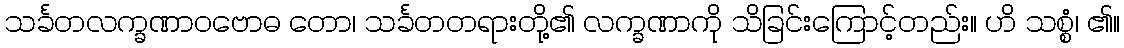
သင်္ခတလက္ခဏာဝဗောဓ တော၊ သင်္ခတတရားတို့၏ လက္ခဏာကို သိခြင်းကြောင့်တည်း။ ဟိ သစ္စံ၊ ၏။